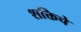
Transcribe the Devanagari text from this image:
शक्तिचे